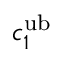
c _ { 1 } ^ { \mathrm { u b } }